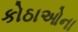
કોઠાઓના